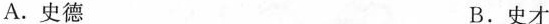
A.史德 B.史才